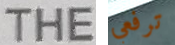
THE ترفعي